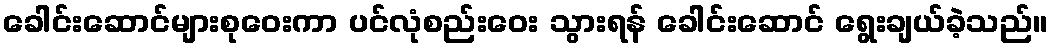
ခေါင်းဆောင်များစုဝေးကာ ပင်လုံစည်းဝေး သွားရန် ခေါင်းဆောင် ရွေးချယ်ခဲ့သည်။